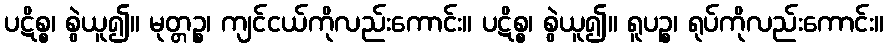
ပဋိစ္စ၊ စွဲယူ၍။ မုတ္တဉ္စ၊ ကျင်ငယ်ကိုလည်းကောင်း။ ပဋိစ္စ၊ စွဲယူ၍။ ရူပဉ္စ၊ ရုပ်ကိုလည်းကောင်း။